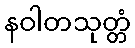
နဝါတသုတ္တံ